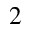
2